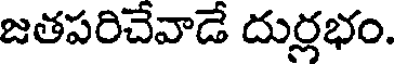
జతపరిచేవాడే దుర్లభం.